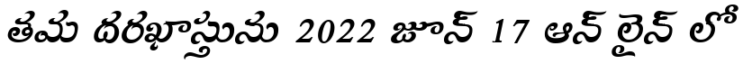
తమ దరఖాస్తును 2022 జూన్ 17 ఆన్ లైన్ లో